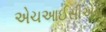
એચઆઈસીએસ